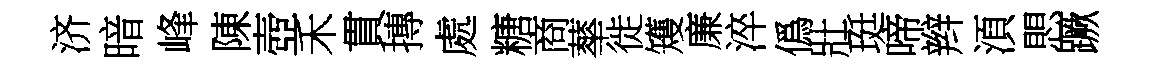
济暗峰陳壺禾貫摶處糖商蕐徙矱廉淬僞壯珽啼辫湏愳蹶